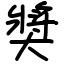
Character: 奬